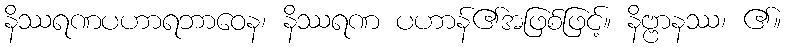
နိဿရဏပဟာရဘာဝေန၊ နိဿရဏ ပဟာန်၏အဖြစ်ဖြင့်။ နိဗ္ဗာနဿ၊ ၏။